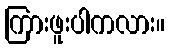
ကြားဖူးပါကလား။